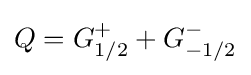
Q=G_{1/2}^{+}+G_{-1/2}^{-}